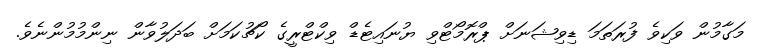
މަގާމުން ވަކިވެ ފުރަތަމަ ޑިވިޝަނަށް ޕްރޮމޯޓްވި ޔުނައިޓެޑް ވިކްޓްރީގެ ކޯޗުކަމަށް ބަދަލުވާން ނިންމުމުންނެވެ.